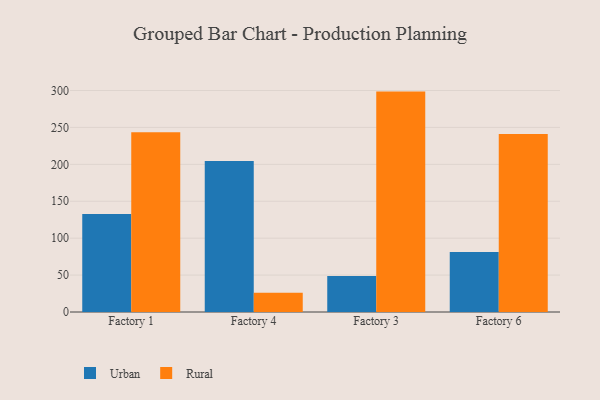
{"axis": {"x": "Factory", "y": "Demand Index"}, "legend": ["Rural", "Urban"], "data": [{"x": "Factory 1", "y": 132.7, "type": "Urban"}, {"x": "Factory 1", "y": 243.6, "type": "Rural"}, {"x": "Factory 4", "y": 204.6, "type": "Urban"}, {"x": "Factory 4", "y": 26.1, "type": "Rural"}, {"x": "Factory 3", "y": 48.7, "type": "Urban"}, {"x": "Factory 3", "y": 298.5, "type": "Rural"}, {"x": "Factory 6", "y": 81.1, "type": "Urban"}, {"x": "Factory 6", "y": 241.2, "type": "Rural"}]}